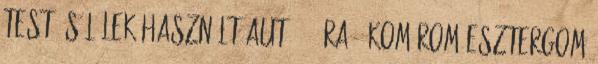
Test és lélek Használt autó 24 Óra - Komárom-Esztergom